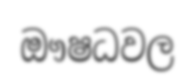
ඖෂධවල